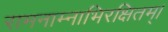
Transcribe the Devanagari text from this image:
रामनाम्नाभिरक्षितम्‌।